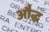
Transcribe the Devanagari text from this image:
औद्ध